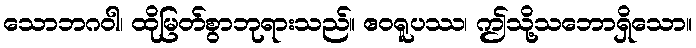
သောဘဂဝါ၊ ထိုမြတ်စွာဘုရားသည်။ ဧဝရူပဿ၊ ဤသို့သဘောရှိသော။